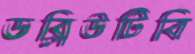
ডব্লিউটিবি